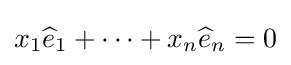
x_{1}{\widehat {e}}_{1}+\cdots +x_{n}{\widehat {e}}_{n}=0